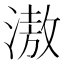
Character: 滶